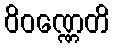
ဝိဝဏ္ဏေတိ